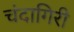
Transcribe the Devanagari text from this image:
चंदागिरी